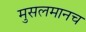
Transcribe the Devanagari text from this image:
मुसलमानच